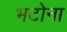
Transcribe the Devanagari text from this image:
भटोना